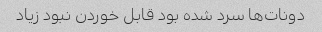
دونات‌ها سرد شده بود قابل خوردن نبود زیاد